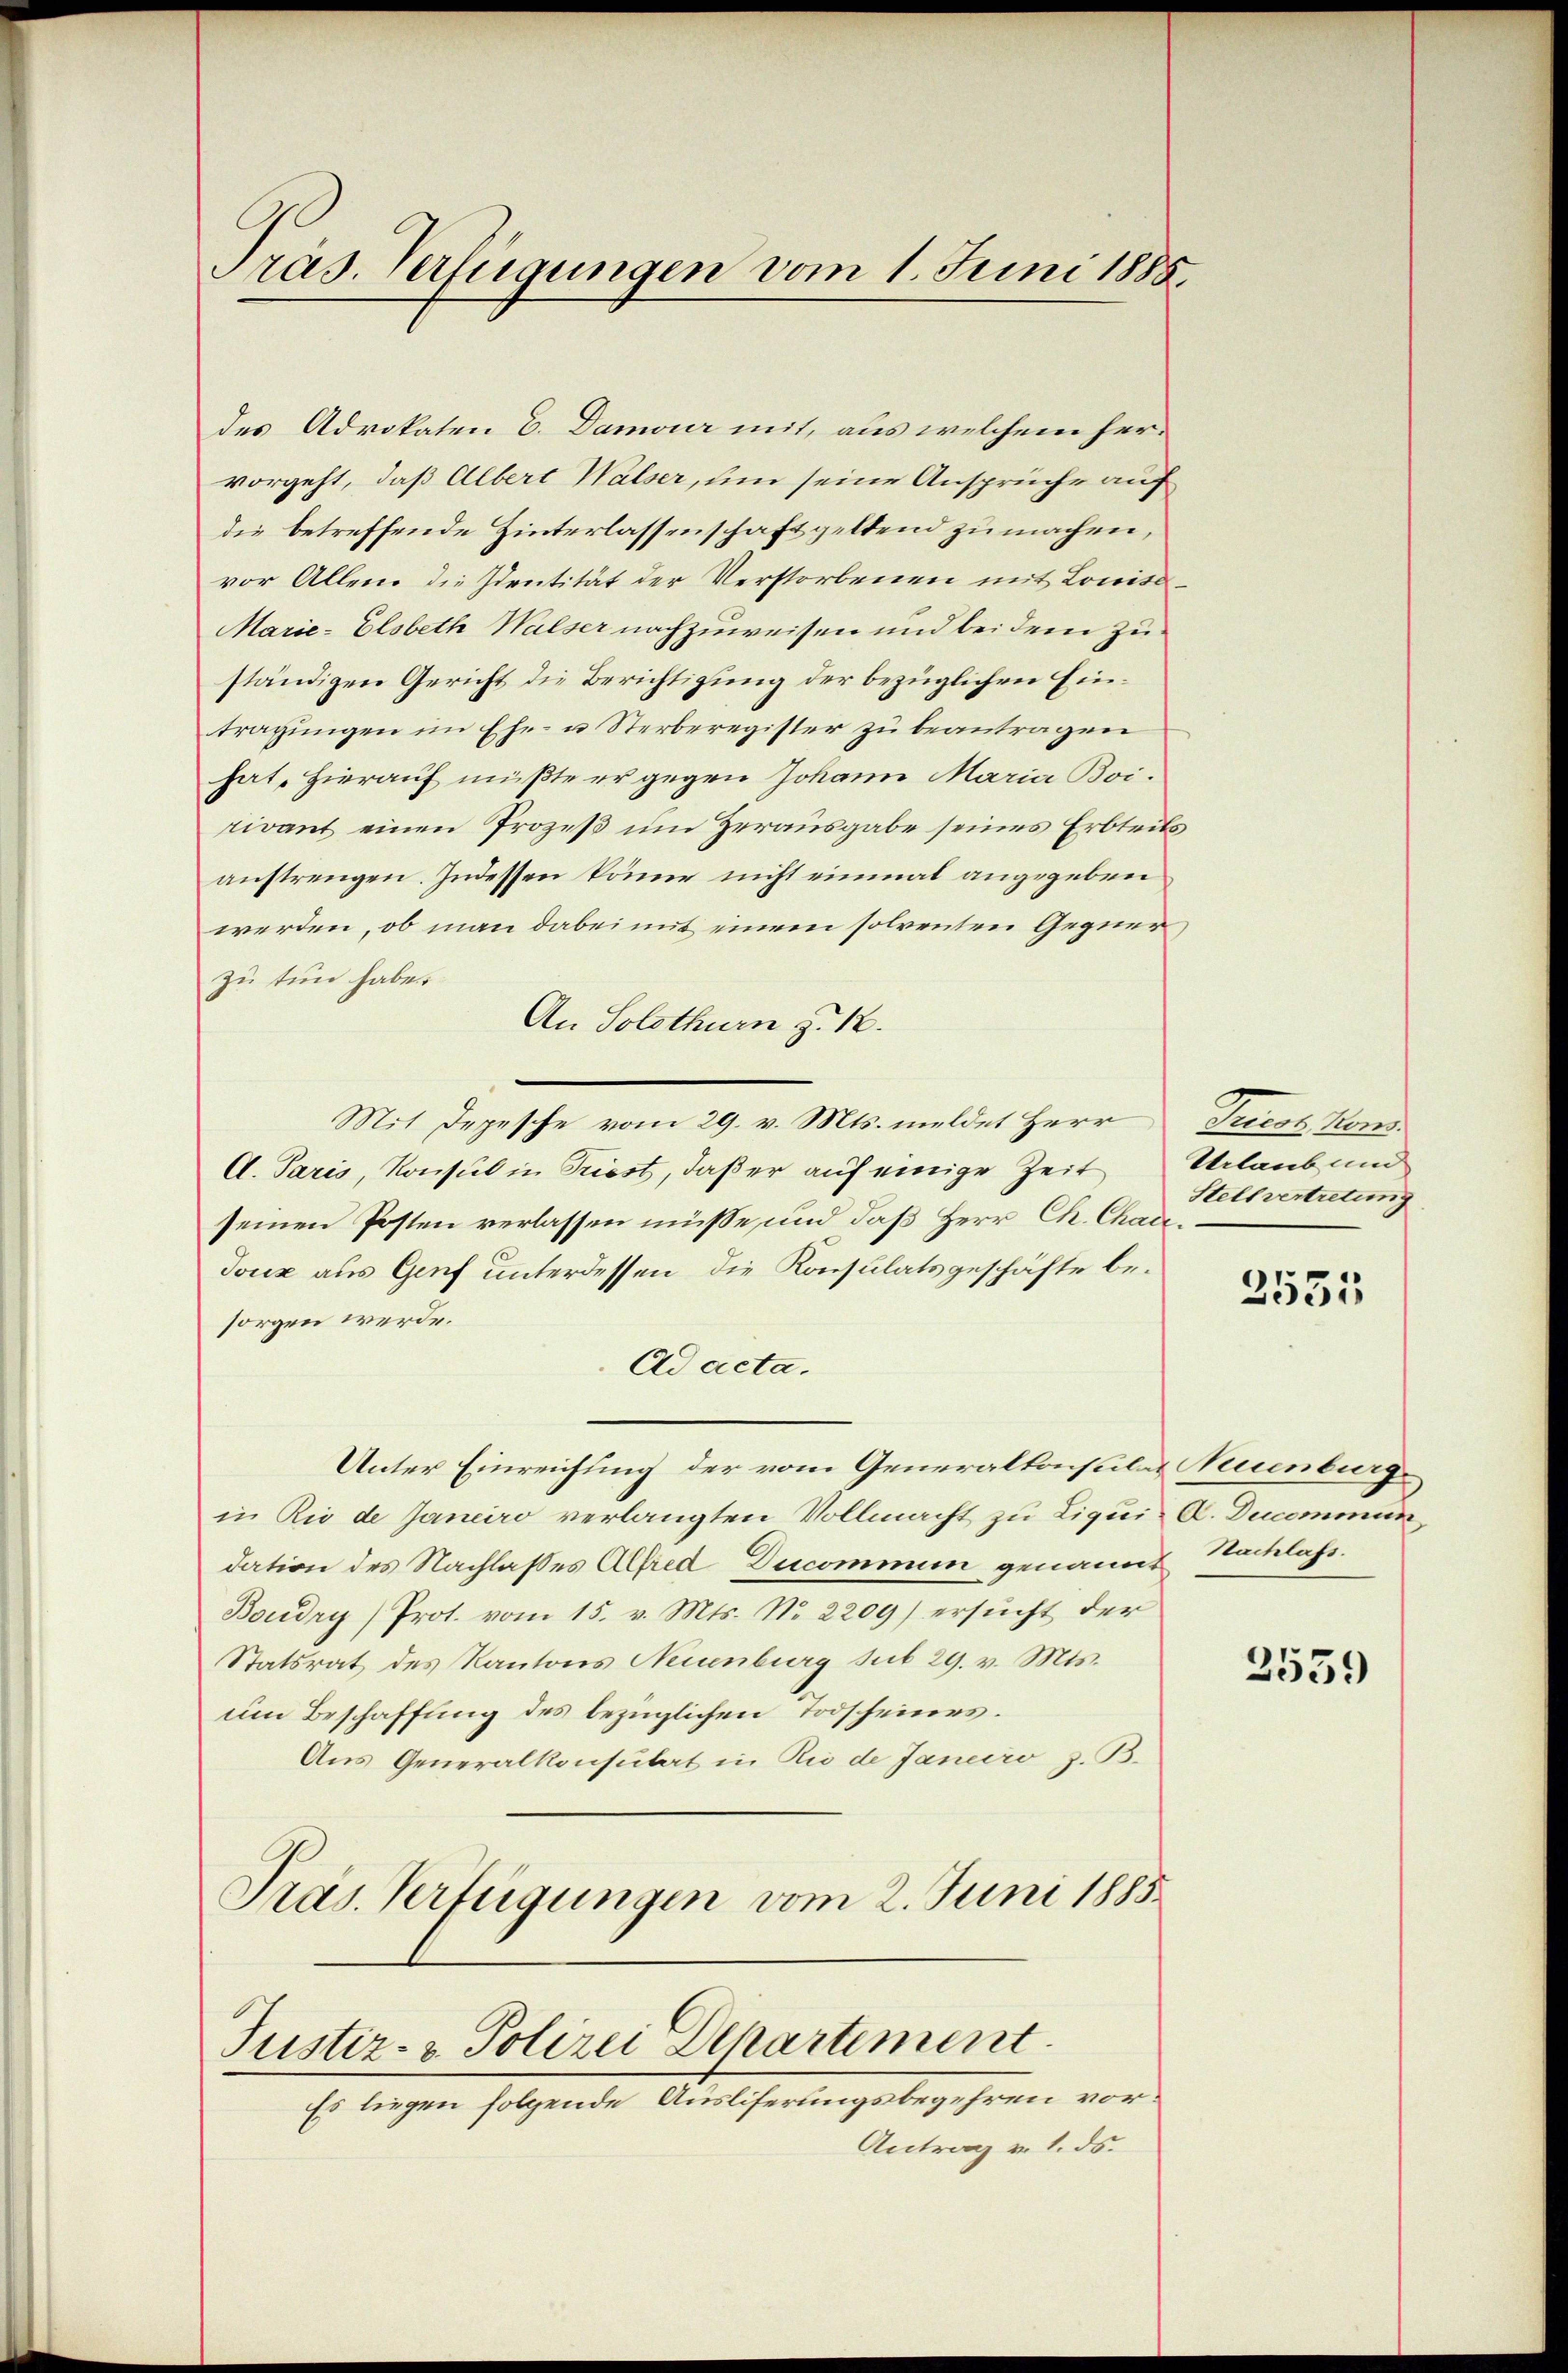
Präs. Verfügungen vom 1. Juni 1885.

des Advokaten E. Damor mit, aus welchem hervorgeht, daß Albert Walser, um seine Ansprüche auf
die betreffende Hinterlassenschaft geltend zu machen,
vor Allend die Identität der Verstorbenen mit Lowisa¬
Marie-Elsbeth Walser nachzuweisen und bei dem Zuständigen Gericht die Berichtigung der bezüglichen Eintragungen im Ehe- u Sterberegister zu beantragen
hat. Hierauf müßte er gegen Johann Maria Boirivant einen Prozeß um Herausgabe seines Erbteitsanstrengen. Indessen könne nicht einmal angegeben,
werden, ob man dabei mit einem solventen Gegner
zu tun habe
An Solothurn z. 18.
Mit Depesche vom 29. v. Mts. meldet Herr
A. Paris, Konsul in Triest, daß er auf einige Zeit
seinen Posten verlassen müsse, und daß Herr Ch. Chau¬
Joux aus Genf unterdessen, die Konsulatsgeschäfte besorgen werde.
Ad acta.
Unter Einreichung der vom Generalkonsulat Neuenburg
in Rio de Janeiro verlangten Vollmacht zu Liqui- A. Ducommun
dation des Nachlasses Alfred Ducommin genannt Nachlass.
Boudry (Prot. vom 15. v. Mts. No. 2209) ersŭcht der
Statsrat des Kantons Neuenburg sub 29. v. Mts.
um Beschaffung des bezüglichen Todscheines.
Aus Generalkonsulat in die de Janeiro z. B.
Pras. Verfügungen vom 2. Juni 1885
Justiz- & Polizei Departement
Es liegen folgende Ausliferungsbegehren vor¬
Antrag v. 1. ds.

Ines Mens
Urlaub und
Stellvertretung

2555

2559